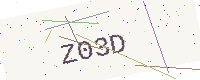
Text: Z03D